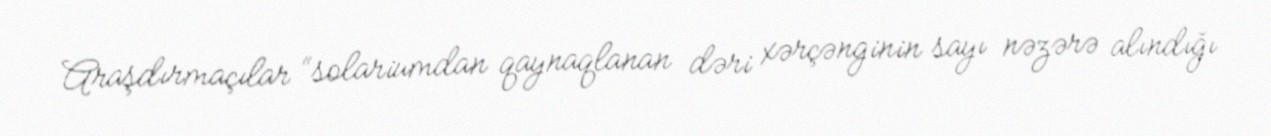
Araşdırmaçılar “solariumdan qaynaqlanan dəri xərçənginin sayı nəzərə alındığı